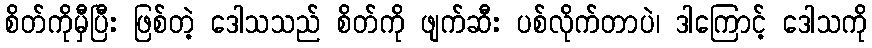
စိတ်ကိုမှီပြီး ဖြစ်တဲ့ ဒေါသသည် စိတ်ကို ဖျက်ဆီး ပစ်လိုက်တာပဲ၊ ဒါကြောင့် ဒေါသကို